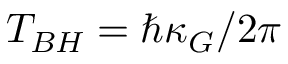
T _ { B H } = \hbar \kappa _ { G } / 2 \pi